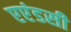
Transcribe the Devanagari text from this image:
एएंडसी